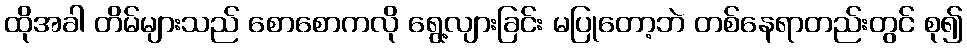
ထိုအခါ တိမ်များသည် စောစောကလို ရွေ့လျားခြင်း မပြုတော့ဘဲ တစ်နေရာတည်းတွင် စု၍